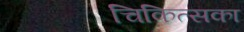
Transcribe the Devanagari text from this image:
चिकित्सका